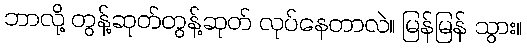
ဘာလို့ တွန့်ဆုတ်တွန့်ဆုတ် လုပ်နေတာလဲ။ မြန်မြန် သွား။